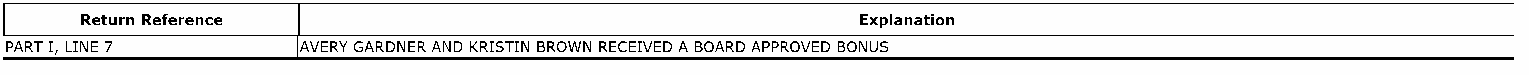
Return Reference                                    Explanation
 PART I, LINE 7      AVERY GARDNER AND KRISTIN BROWN RECEIVED A BOARD APPROVED BONUS